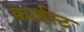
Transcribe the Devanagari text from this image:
क्राईस्ट